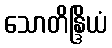
သောတိန္ဒြိယံ